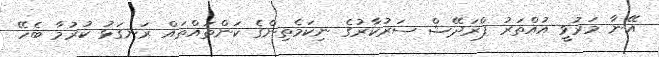
އޭނާ މަރުވީ އުއްތަރު ޕްރަދޭޝް ސަރުކާރުގެ ނިކަމެތިންގެ ކަންތައްތައް ރަނގަޅު ކުރުމާ ބެހޭ